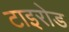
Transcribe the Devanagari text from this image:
टाइरोड